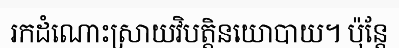
រកដំណោះស្រាយវិបត្តិនយោបាយ។ ប៉ុន្តែ